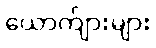
ယောက်ျားများ